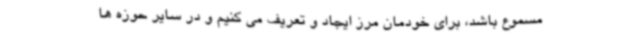
مسموع باشد، برای خودمان مرز ایجاد و تعریف می کنیم و در سایر حوزه ها